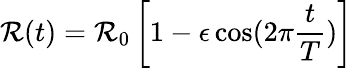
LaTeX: \mathcal{R}(t)=\mathcal{R}_{0}\left[1-\epsilon\cos(2\pi\frac{{t}}{{T}})\right]